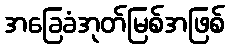
အခြေခံအုတ်မြစ်အဖြစ်